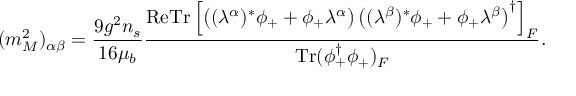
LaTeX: ( m _ { M } ^ { 2 } ) _ { \alpha \beta } = \frac { 9 g ^ { 2 } n _ { s } } { 1 6 \mu _ { b } } \frac { \mathrm { R e } \mathrm { T r } \left[ \left( ( \lambda ^ { \alpha } ) ^ { * } \phi _ { + } + \phi _ { + } \lambda ^ { \alpha } \right) \left( ( \lambda ^ { \beta } ) ^ { * } \phi _ { + } + \phi _ { + } \lambda ^ { \beta } \right) ^ { \dagger } \right] _ { F } } { \mathrm { T r } ( \phi _ { + } ^ { \dagger } \phi _ { + } ) _ { F } } .